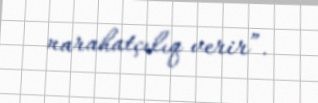
narahatçılıq verir”.